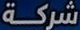
شركة